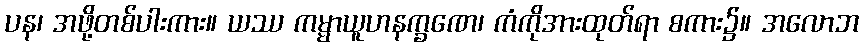
ပန၊ အဖို့တစ်ပါးကား။ ယဿ ကမ္မာယူဟနက္ခဏေ၊ ကံကိုအားထုတ်ရာ စကား၌။ အလောဘ